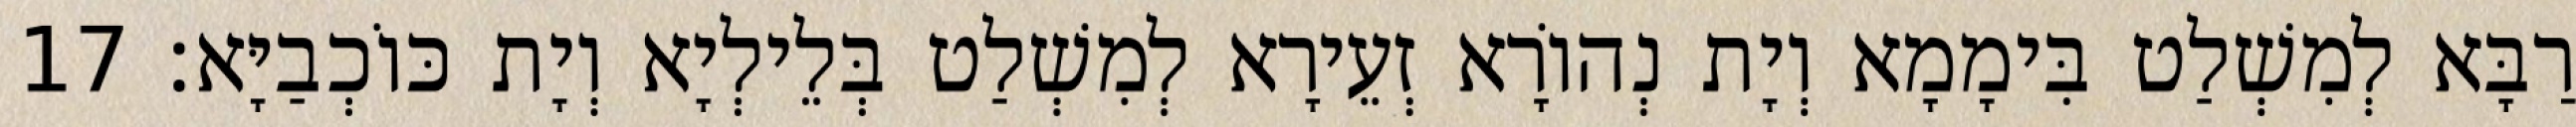
רַבָּא לְמִשְׁלַט בִּימָמָא וְיָת נְהוֹרָא זְעֵירָא לְמִשְׁלַט בְּלֵילְיָא וְיָת כּוֹכְבַיָּא׃ 17